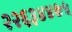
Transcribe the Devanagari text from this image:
२२६३४४७५